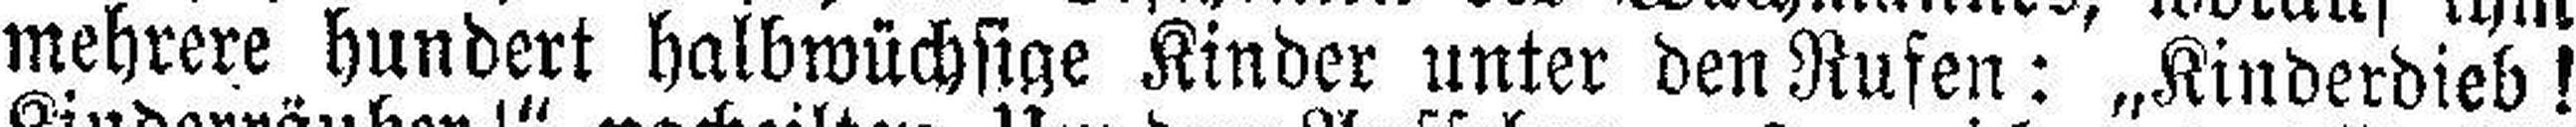
mehrere hundert halbwüchsige Kinder unter den Rufen: „Kinderdieb!